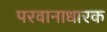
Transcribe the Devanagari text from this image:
परवानाधारक